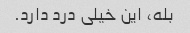
بله، این خیلی درد دارد.